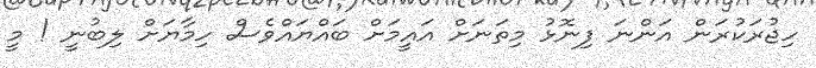
ހިޖުރަކުރަން އަންނަ ފިނޮޅު މިތަނަށް އައީމަށް ބައްޔައްވެސް ހިމާޔަށް ލިބުނީ ! މީ